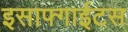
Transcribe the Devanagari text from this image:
इसाफ्गाईटस